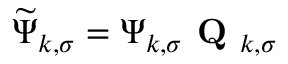
\boldsymbol { \widetilde { \Psi } } _ { k , \sigma } = \boldsymbol { \Psi } _ { k , \sigma } \textbf { Q } _ { k , \sigma }